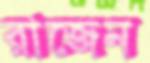
রাজেন